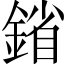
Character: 𨩠